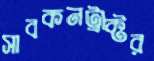
সাবকনট্রাক্টর